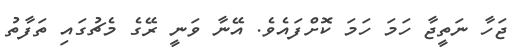
ޖަހާ ނަތީޖާ ހަމަ ހަމަ ކޮށްފައެވެ. އޭނާ ވަނީ ރޭގެ މެޗުގައި ތަފާތު